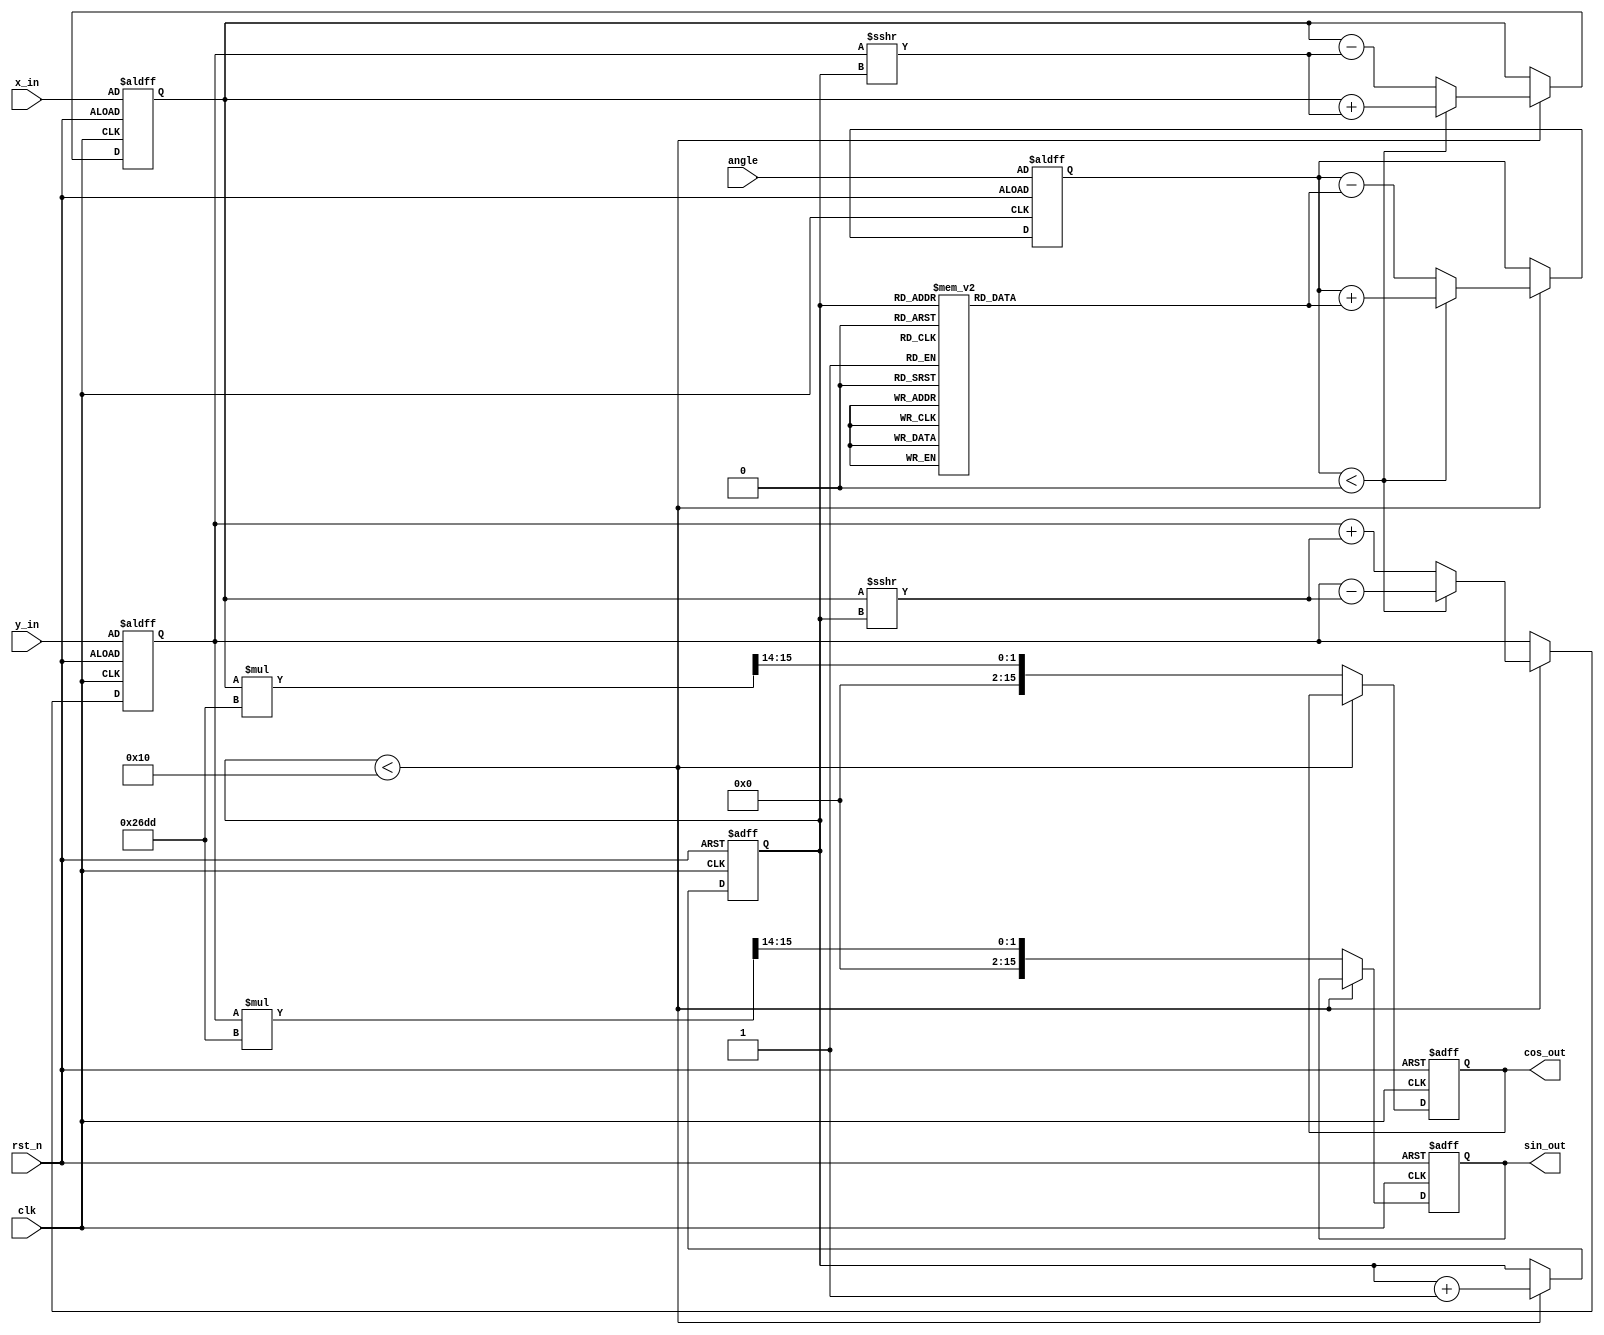
module cordic_rotational #(
    parameter WIDTH = 16,          // Width of fixed-point representation
    parameter ITERATIONS = 16      // Number of iterations for precision
)(
    input wire clk,                // Clock signal
    input wire rst_n,              // Asynchronous reset (active low)
    input wire [WIDTH-1:0] angle,  // Angle input (fixed-point)
    input wire [WIDTH-1:0] x_in,    // X coordinate input
    input wire [WIDTH-1:0] y_in,    // Y coordinate input
    output reg [WIDTH-1:0] cos_out, // Cosine output
    output reg [WIDTH-1:0] sin_out  // Sine output
);

    // CORDIC gain (for scaling)
    localparam [WIDTH-1:0] CORDIC_GAIN = 16'h26DD; // Approx. 0.6072 in fixed-point

    // Lookup table for arctangent values
    reg [WIDTH-1:0] atan_table [0:ITERATIONS-1];
    initial begin
        // Precomputed arctangent values (scaled)
        atan_table[0] = 16'h2000; // atan(2^-0)
        atan_table[1] = 16'h1666; // atan(2^-1)
        atan_table[2] = 16'h0D89; // atan(2^-2)
        atan_table[3] = 16'h0A3D; // atan(2^-3)
        atan_table[4] = 16'h0523; // atan(2^-4)
        atan_table[5] = 16'h028F; // atan(2^-5)
        atan_table[6] = 16'h0145; // atan(2^-6)
        atan_table[7] = 16'h00A2; // atan(2^-7)
        atan_table[8] = 16'h0051; // atan(2^-8)
        atan_table[9] = 16'h0028; // atan(2^-9)
        atan_table[10] = 16'h0014; // atan(2^-10)
        atan_table[11] = 16'h000A; // atan(2^-11)
        atan_table[12] = 16'h0005; // atan(2^-12)
        atan_table[13] = 16'h0002; // atan(2^-13)
        atan_table[14] = 16'h0001; // atan(2^-14)
        atan_table[15] = 16'h0000; // atan(2^-15)
    end

    // State variables
    reg [WIDTH-1:0] x, y, z;
    reg [3:0] iteration_count;

    // Control unit
    always @(posedge clk or negedge rst_n) begin
        if (!rst_n) begin
            x <= x_in;
            y <= y_in;
            z <= angle;
            iteration_count <= 0;
            cos_out <= 0;
            sin_out <= 0;
        end else if (iteration_count < ITERATIONS) begin
            // CORDIC iteration
            if (z < 0) begin
                // Rotate clockwise
                x <= x + (y >>> iteration_count);
                y <= y - (x >>> iteration_count);
                z <= z + atan_table[iteration_count];
            end else begin
                // Rotate counterclockwise
                x <= x - (y >>> iteration_count);
                y <= y + (x >>> iteration_count);
                z <= z - atan_table[iteration_count];
            end
            iteration_count <= iteration_count + 1;
        end else begin
            // Final output after iterations
            cos_out <= x * CORDIC_GAIN >>> 14; // Scale output
            sin_out <= y * CORDIC_GAIN >>> 14; // Scale output
        end
    end

endmodule